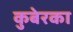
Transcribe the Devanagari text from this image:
कुबेरका